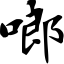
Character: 啷